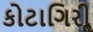
કોટાગિરીૢ